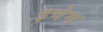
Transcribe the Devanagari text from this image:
इघेम